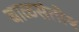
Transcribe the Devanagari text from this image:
बाळसंतोष